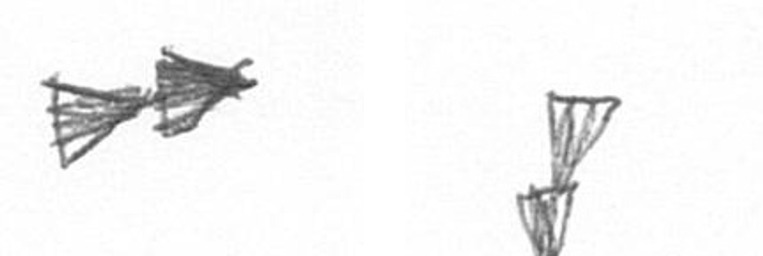
A Z